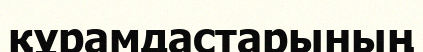
құрамдастарының